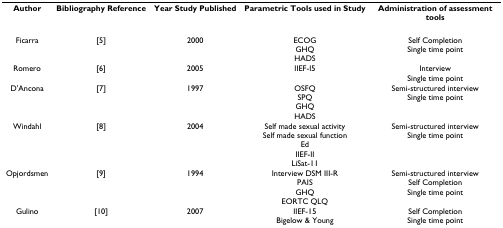
<table><thead><tr><td><b>Author</b></td><td><b>Bibliography Reference</b></td><td><b>Year Study Published</b></td><td><b>Parametric Tools used in Study</b></td><td><b>Administration of assessment tools</b></td></tr></thead><tbody><tr><td>Ficarra</td><td>[5]</td><td>2000</td><td>ECOGGHQHADS</td><td>Self CompletionSingle time point</td></tr><tr><td>Romero</td><td>[6]</td><td>2005</td><td>IIEF-I5</td><td>InterviewSingle time point</td></tr><tr><td>D&#x27;Ancona</td><td>[7]</td><td>1997</td><td>OSFQSPQGHQHADS</td><td>Semi-structured interviewSingle time point</td></tr><tr><td>Windahl</td><td>[8]</td><td>2004</td><td>Self made sexual activitySelf made sexual functionEdIIEF-IILiSat-11</td><td>Semi-structured interviewSingle time point</td></tr><tr><td>Opjordsmen</td><td>[9]</td><td>1994</td><td>Interview DSM III-RPAISGHQEORTC QLQ</td><td>Semi-structured interviewSelf CompletionSingle time point</td></tr><tr><td>Gulino</td><td>[10]</td><td>2007</td><td>IIEF-15Bigelow &amp; Young</td><td>Self CompletionSingle time point</td></tr></tbody></table>